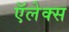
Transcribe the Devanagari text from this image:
ऍलेक्स